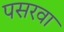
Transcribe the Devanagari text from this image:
पसरवा